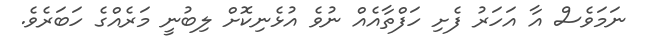
ނަމަވެސް އާ އަހަރު ފެށި ހަފްތާއެއް ނުވެ އުޅެނިކޮށް ލިބުނީ މަރެއްގެ ހަބަރެވެ.